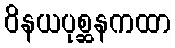
ဝိနယပုစ္ဆနကထာ